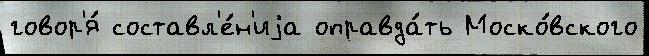
говор'я́ составл'е́н'иjа оправда́ть Моско́вского